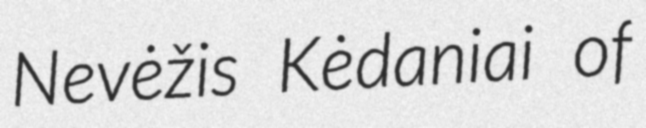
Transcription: Nevėžis Kėdaniai of